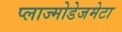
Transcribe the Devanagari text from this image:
प्लाज्मोडेजमेटा